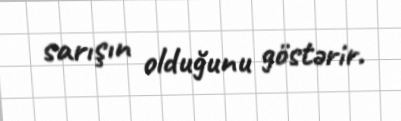
sarışın olduğunu göstərir.